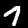
Label: 7